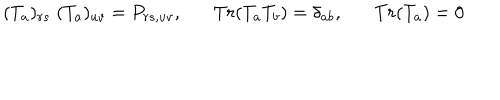
( T _ { a } ) _ { r s } \; ( T _ { a } ) _ { u v } = P _ { r s , u v } , T r ( T _ { a } T _ { b } ) = \delta _ { a b } , T r ( T _ { a } ) = 0